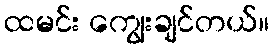
ထမင်း ကျွေးချင်တယ်။